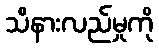
သိနားလည်မှုကို